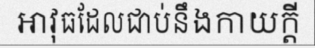
អាវុធដែលជាប់នឹងកាយក្តី